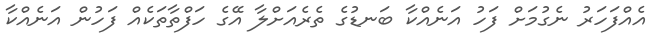
އެއްފަހަރު ނެގުމަށް ފަހު އަނެއްކާ ބަނޑުގެ ތެރެއަށްލާ އޭގެ ހަފްތާތަކެއް ފަހުން އަނެއްކާ